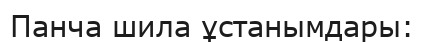
Панча шила ұстанымдары: